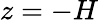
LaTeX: z=-H